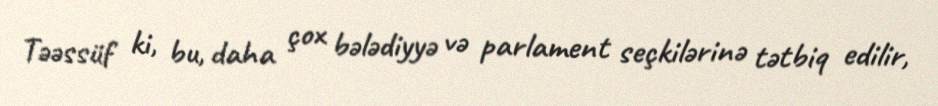
Təəssüf ki, bu, daha çox bələdiyyə və parlament seçkilərinə tətbiq edilir,